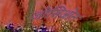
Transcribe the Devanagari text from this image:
जोसिओन